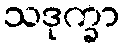
သဒုက္ခာ